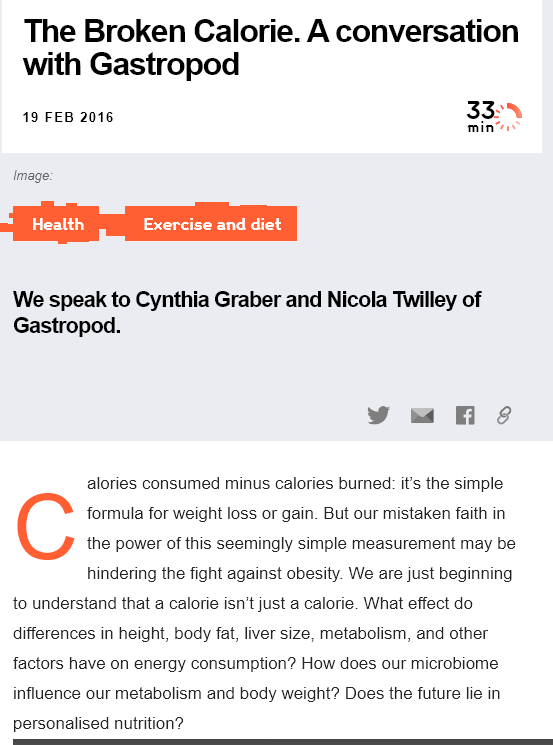
The    Broken    Calorie.    A   conversation
   with    Gastropod
   19 FEB 2016
  We speak  to   Cynthia  Graber and    Nicola  Twilley of
  Gastropod.
  Image:
     alories consumed minus calories burned: it’s the simple
     formula for weight loss or gain. But our mistaken faith in
     the power of this seemingly simple measurement may be
     hindering the fight against obesity. We are just beginning
  to understand that a calorie isn’t just a calorie. What effect do
  differences in height, body fat, liver size, metabolism, and other
  factors have on energy consumption? How does our microbiome
  influence our metabolism and body weight? Does the future lie in
  personalised nutrition?
    clay    Perr    Cd